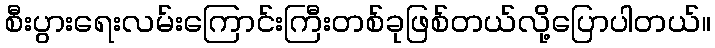
စီးပွားရေးလမ်းကြောင်းကြီးတစ်ခုဖြစ်တယ်လို့ပြောပါတယ်။